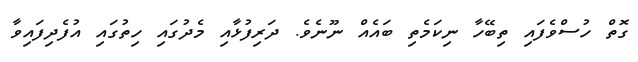
ގޮތް ހުސްވެފައި ތިބޭހާ ނިކަމެތި ބައެއް ނޫނެވެ. ދަރިފުޅާއި މެދުގައި ހިތުގައި އުފެދިފައިވާ